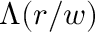
\Lambda ( r / w )